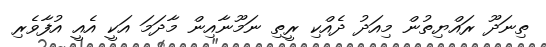
ތިނަދޫ ރައްޔިތުން މިއަދު ދެއްކި ރީތި ނަމޫނާއިން މާދަމަ އަކީ އެއީ އުފާވެރި